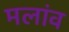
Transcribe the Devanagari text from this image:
मलांव